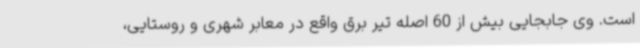
است. وی جابجایی بیش از 60 اصله تیر برق واقع در معابر شهری و روستایی،